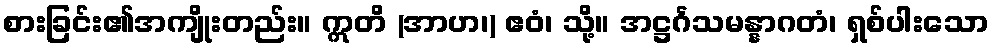
စားခြင်း၏အကျိုးတည်း။ ဣတိ (အာဟ၊) ဧဝံ၊ သို့။ အဋ္ဌင်္ဂသမန္နာဂတံ၊ ရှစ်ပါးသော